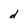
Character: d